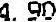
4.90